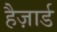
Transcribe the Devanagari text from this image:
हैज़ार्ड